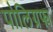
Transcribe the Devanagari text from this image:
पोलिग्रफ्य